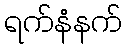
ရက်နံနက်